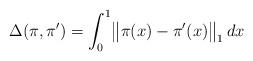
LaTeX: \begin{align*}\Delta(\pi,\pi') = \int_{0}^1 \bigl\|\pi(x)-\pi'(x)\bigr\|_1 \,dx\end{align*}